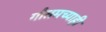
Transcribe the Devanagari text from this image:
गौतमच्याही